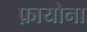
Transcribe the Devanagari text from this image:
फ़ायोना